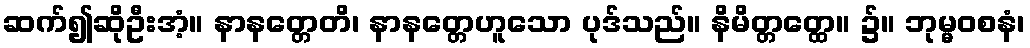
ဆက်၍ဆိုဦးအံ့။ နာနတ္တေတိ၊ နာနတ္တေဟူသော ပုဒ်သည်။ နိမိတ္တတ္ထေ။ ၌။ ဘုမ္မဝစနံ၊